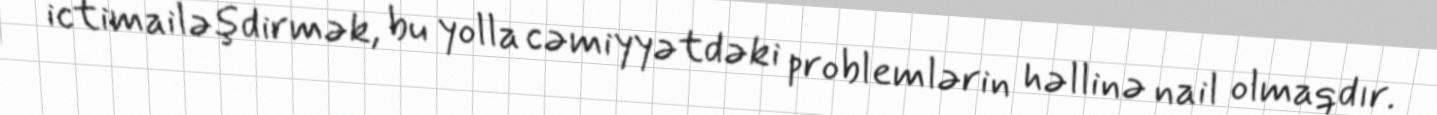
ictimailəşdirmək, bu yolla cəmiyyətdəki problemlərin həllinə nail olmaqdır.